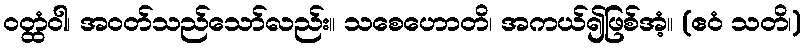
ဝတ္ထံဝါ၊ အဝတ်သည်သော်လည်း။ သစေဟောတိ၊ အကယ်၍ဖြစ်အံ့။ (ဧဝံ သတိ၊)